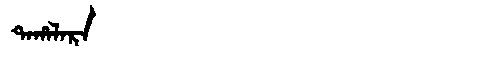
Manchu: ᡨᠠᡥᠠᠯᠠᡵᠠ
Romanization: TAHALARA